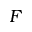
F